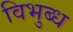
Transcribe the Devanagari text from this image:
विभुब्ध